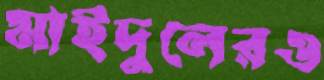
মাইদুলেরও